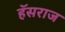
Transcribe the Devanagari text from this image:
हॅसराज